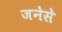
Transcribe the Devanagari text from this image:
जनेसे